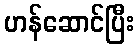
ဟန်ဆောင်ပြီး